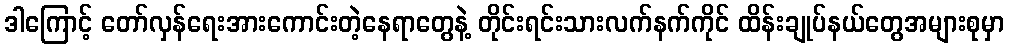
ဒါကြောင့် တော်လှန်ရေးအားကောင်းတဲ့နေရာတွေနဲ့ တိုင်းရင်းသားလက်နက်ကိုင် ထိန်းချုပ်နယ်တွေအများစုမှာ